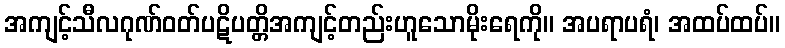
အကျင့်သီလဂုဏ်ဝတ်ပဋိပတ္တိအကျင့်တည်းဟူသောမိုးရေကို။ အပရာပရံ၊ အထပ်ထပ်။